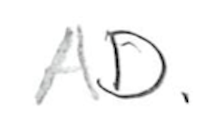
Text: AD.
Cross-out: clean
Writing tool: pencil